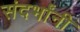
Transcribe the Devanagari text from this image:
संदर्भांनी